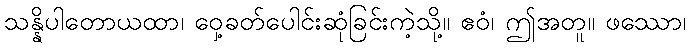
သန္နိပါတောယထာ၊ ဝှေ့ခတ်ပေါင်းဆုံခြင်းကဲ့သို့။ ဧဝံ၊ ဤအတူ။ ဖဿော၊